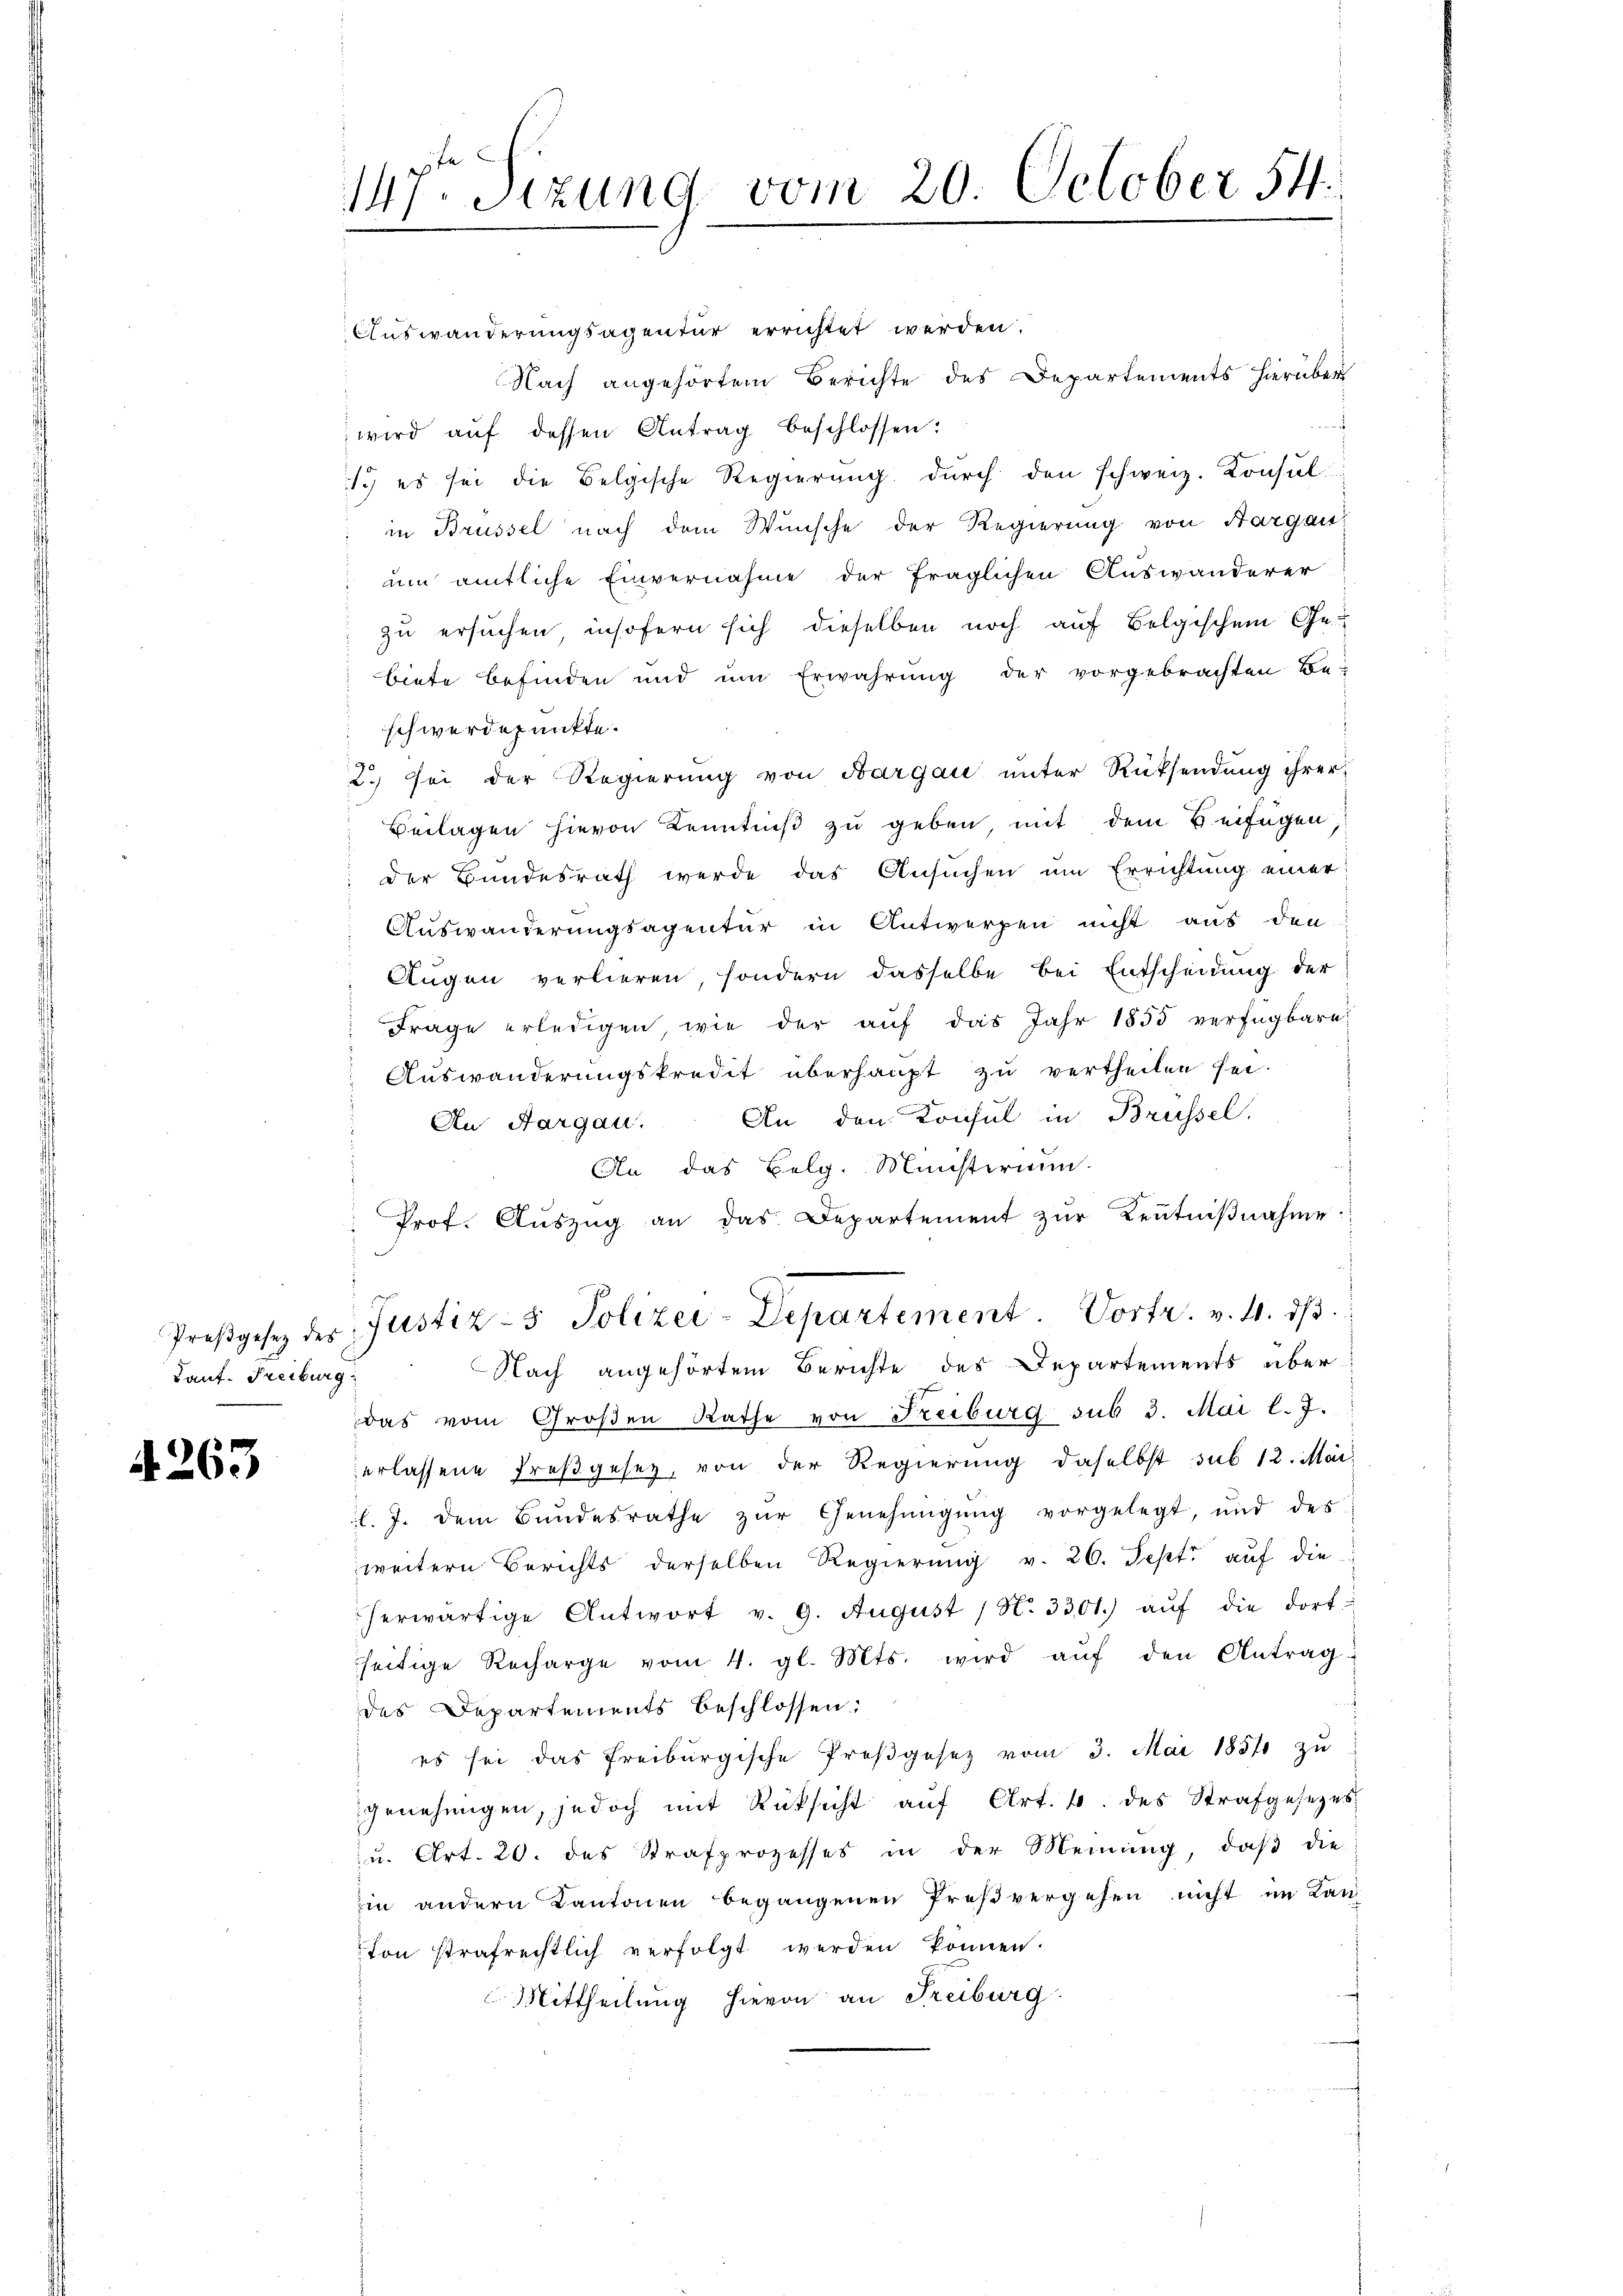
Kant. Freiburg.

4263

Auswanderungsagentur errichtet werden.
Nach angehörtem Berichte des Departements hierüber
wird aŭf dessen Antrag beschlossen:
1.) es sei die Belgische Regierung durch den schweiz. Konsul-
in Brüssel nach dem Wünsche der Regierung von Hargau
um amtliche Einvernahme der fraglichen Auswanderer
zu ersuchen insofern sich dieselben noch auf Belgischem Ge-
biete befinden und um Erwährung der vorgebrachten Be-
schwerdepunkte.
2.) Sei der Regierung von Aargau unter Rücksendung ihrer
Beilagen hievon Kenntniß zu geben, mit dem Beifügen,
der Bundesrath werde das Ansuchen um Errichtung einer
Auswanderungsagentur in Antwerfen nicht aus den
Augen verlieren, sondern dasselbe bei Entscheidung der
Frage erledigen, wie der auf das Jahr 1855 verfügbare
Auswanderungskredit überhaupt zu vertheilen sei.
An den Konsul in Brüssel,
An Aargau.
An das Belg. Ministerium
Prof. Auszug an das Departement zur Kenntnißnahme
Preβgesetz des Justiz- & Polizei-Departement. Vortr. v. 4. dβ.
Nach angehörtem Berichte des Departements überdas vom Großen Rathe von Freiburg sub 3. Mai l. J.
erlassene Preßgesetz, von der Regierung daselbst sub 12. Mai
l. J. dem Bŭndesrathe zŭr Genehmigŭng vorgelegt, und des
weitern Berichts derselben Regierŭng v. 26. Sept. auf die
herwärtige Antwort v. 9. August / N. 3301.) aŭf die dort
seitige Recharge vom 4. gl. Mts. wird aŭf den Antrag
des Departements beschlossen:
es sei das Freiburgische Proβgesetz vom 3. Mai 1854 zŭ
genehmigen, jedoch mit Rücksicht aŭf Art. 4. des Strafgesezes
u. Art. 20. des Strafprozesses in der Meinung, daβ die
in andern Kantonen begangenen Preßvergehen nicht im Kan-
von strafrechtlich verfolgt werden können.
Mittheilung hievon an Freiburg

147. Sizung vom 20. October 54.